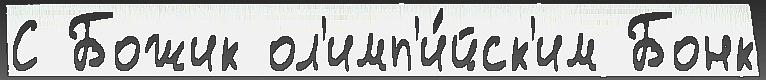
С Божик ол'имп'и́йск'им Бонк